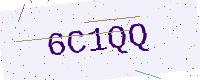
Text: 6C1QQ